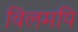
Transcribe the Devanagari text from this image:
विलमपि